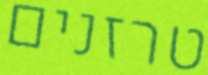
טרזנים